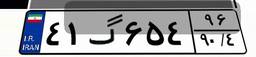
۴۱گ۶۵۴۹۶